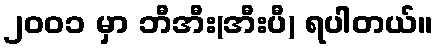
၂၀၀၁ မှာ ဘီအီး(အီးပီ) ရပါတယ်။